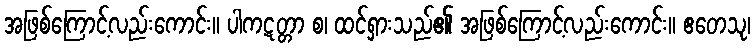
အဖြစ်ကြောင့်လည်းကောင်း။ ပါကဋတ္တာ စ၊ ထင်ရှားသည်၏ အဖြစ်ကြောင့်လည်းကောင်း။ ဧတေသု၊